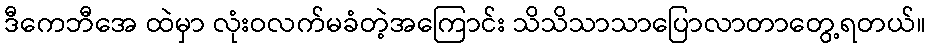
ဒီကေဘီအေ ထဲမှာ လုံးဝလက်မခံတဲ့အကြောင်း သိသိသာသာပြောလာတာတွေ့ရတယ်။